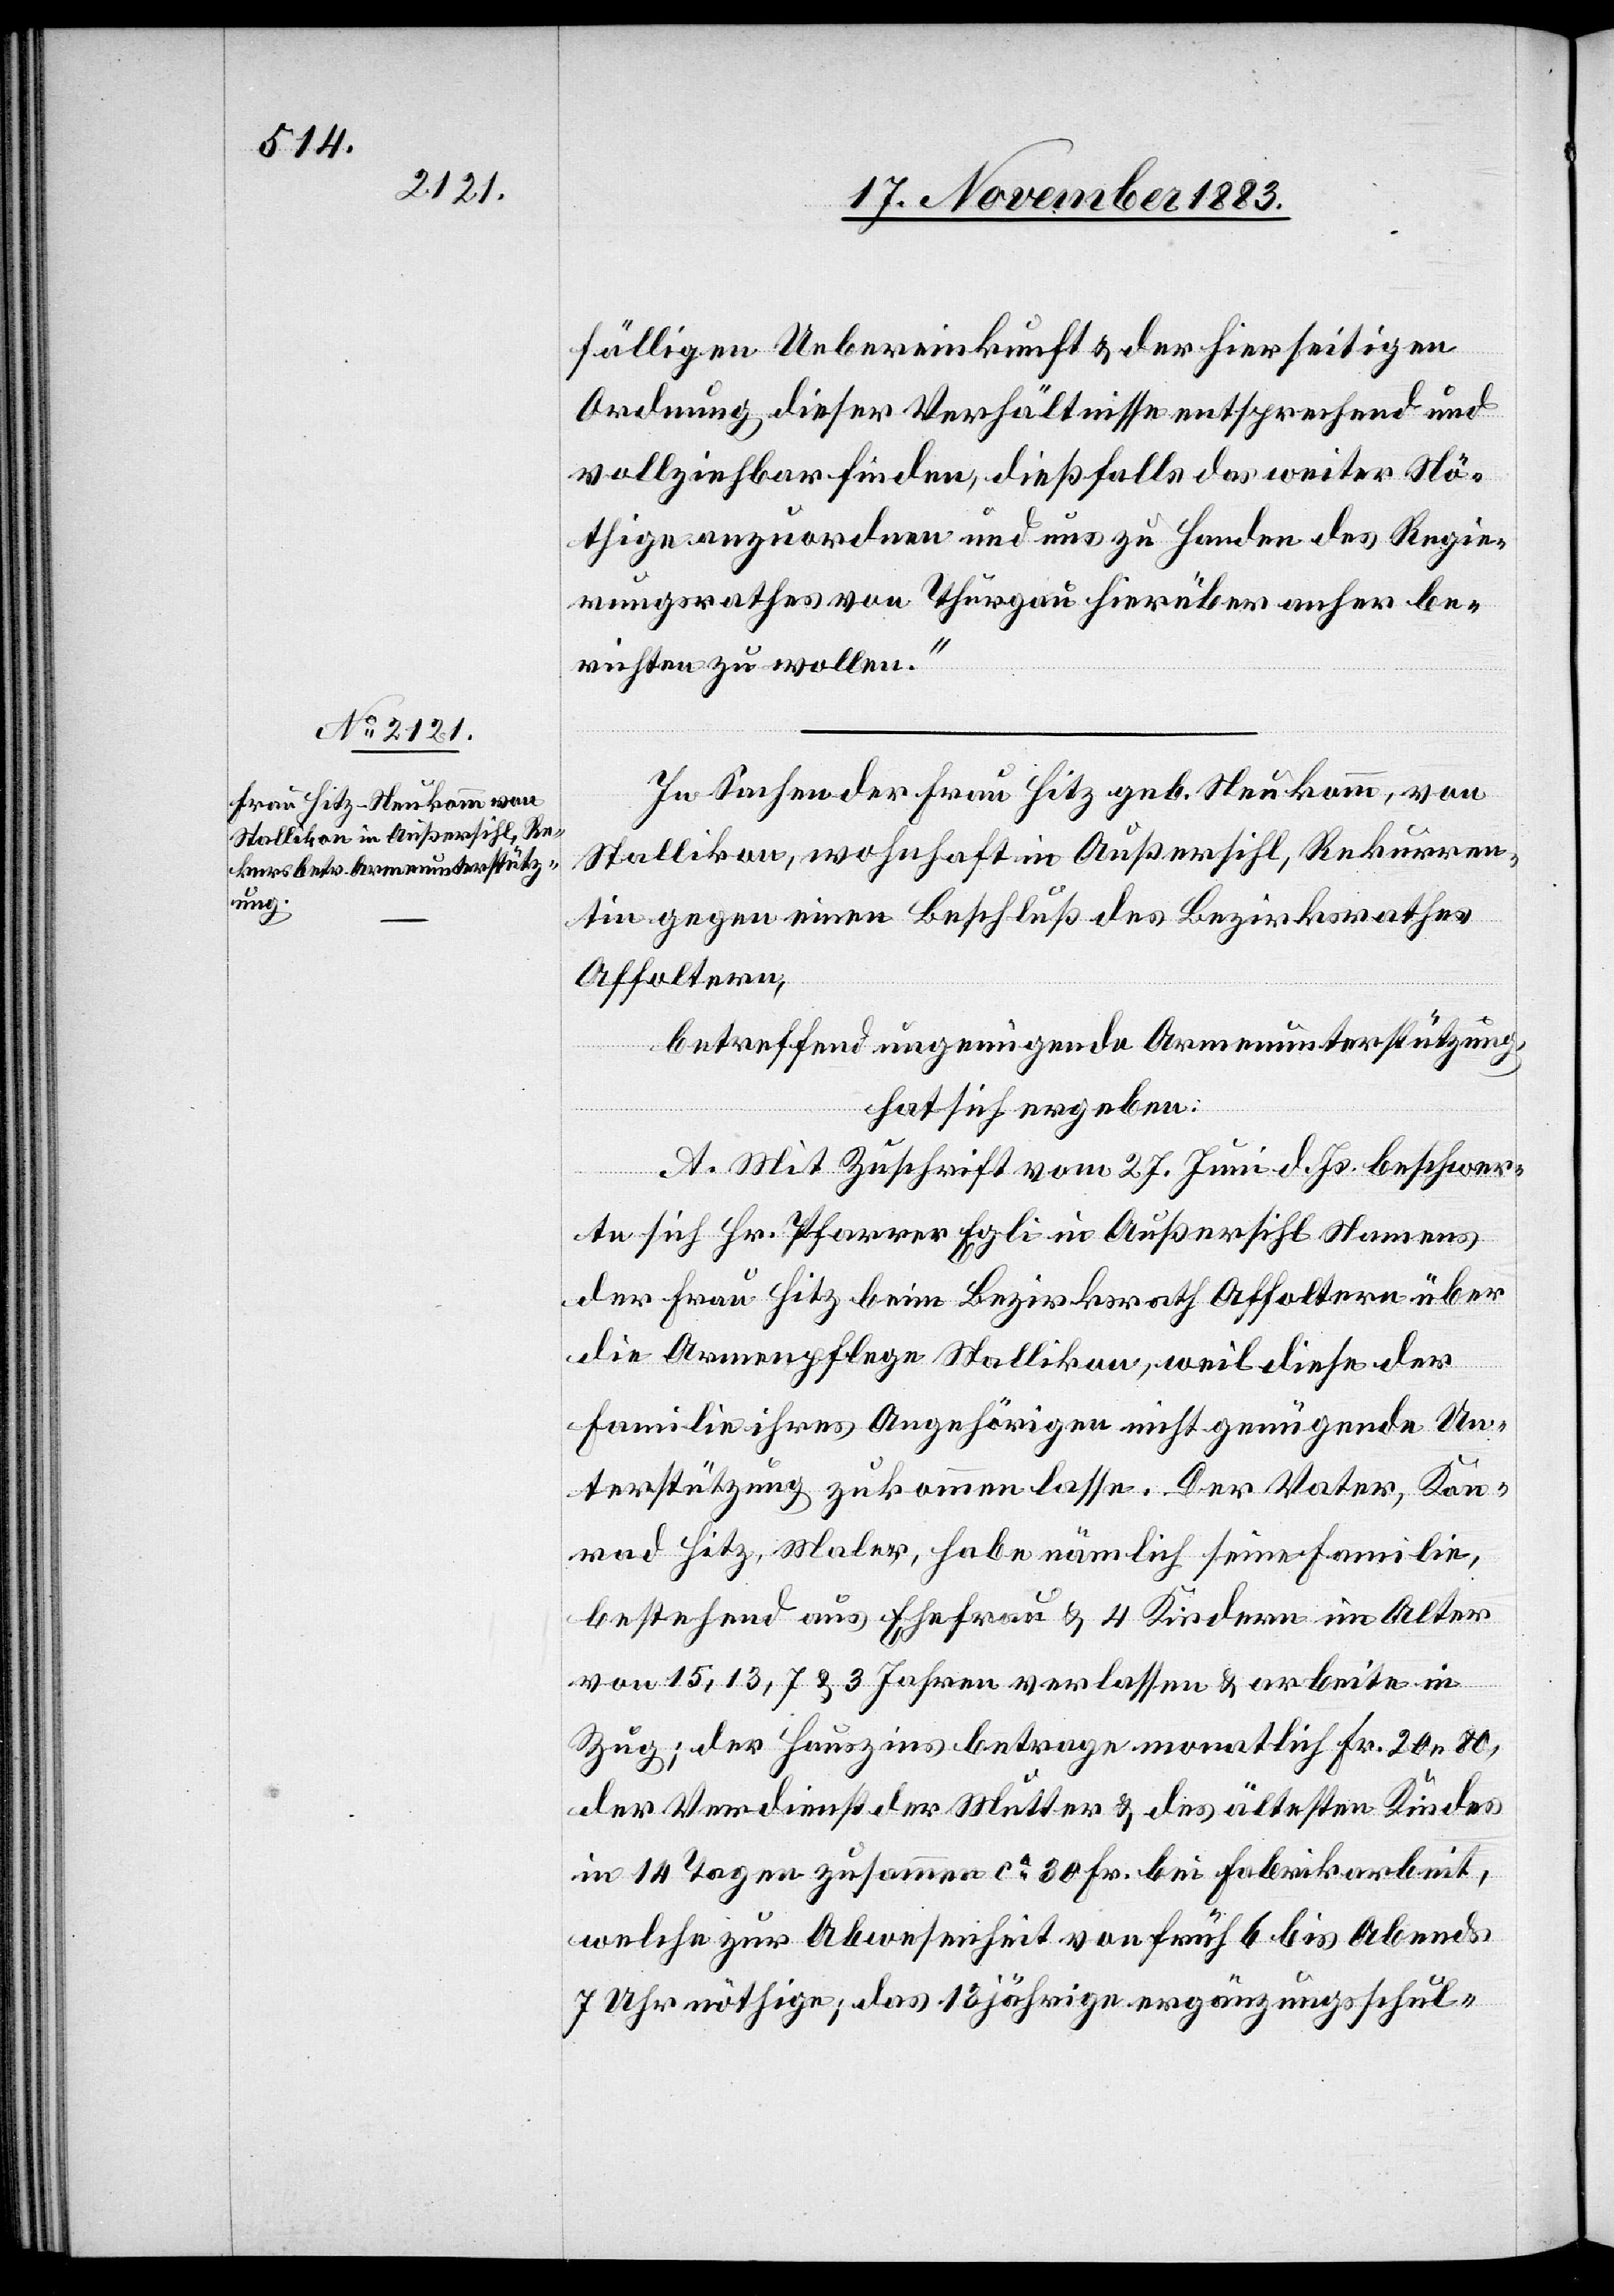
fälligen Uebereinkunft & der hierseitigen
Ordnung dieser Verhältnisse entsprechend und
vollziehbar finden, dießfalls das weiter Nö¬
thige anzuordnen und uns zu Handen des Regie¬
rungsrathes von Thurgau hierüber anher be¬
richten zu wollen.“
In Sachen der Frau Hitz geb. Neukomm, von
Stallikon, wohnhaft in Außersihl, Rekurren¬
tin gegen einen Beschluß des Bezirksrathes
Affoltern,
betreffend ungenügende Armenunterstützung,
hat sich ergeben:
A. Mit Zuschrift vom 27. Juni d. Js. beschwer¬
te sich Hr. Pfarrer Egli in Außersihl Namens
der Frau Hitz beim Bezirksrath Affoltern über
die Armenpflege Stallikon, weil diese der
Familie ihres Angehörigen nicht genügende Un¬
terstützung zukommen lasse. Der Vater, Kon¬
rad Hitz Maler, habe nämlich seine Familie,
bestehend aus Ehefrau & 4 Kindern im Alter
von 15, 13, 7 & 3 Jahren verlassen & arbeite in
Zug; der Hauszins betrage monatlich Fr. 20 80,
der Verdienst der Mutter & das ältesten Kindes
in 14 Tagen zusammen ca 30 Fr. bei Fabrikarbeit,
welche zur Abwesenheit von früh 6 bis Abends
7 Uhr nöthige; das 13 jährige ergänzungsschul-